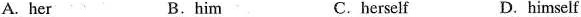
A. her B.him C. herself D.himself